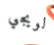
لويجي